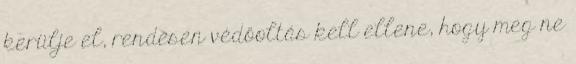
kerülje el, rendesen védőoltás kell ellene, hogy meg ne